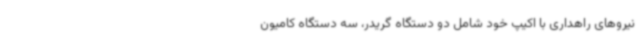
نیروهای راهداری با اکیپ خود شامل دو دستگاه گریدر، سه دستگاه کامیون